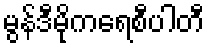
မွန်ဒီမိုကရေစီပါတီ